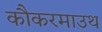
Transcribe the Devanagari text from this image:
कौकरमाउथ